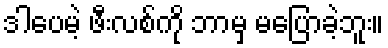
ဒါပေမဲ့ ဖီးလစ်ကို ဘာမှ မပြောခဲ့ဘူး။